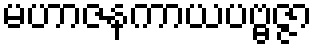
မဟာဇနကာယပဗ္ဗဇ္ဇာ